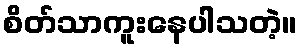
စိတ်သာကူးနေပါသတဲ့။